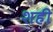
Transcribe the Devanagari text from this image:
शही